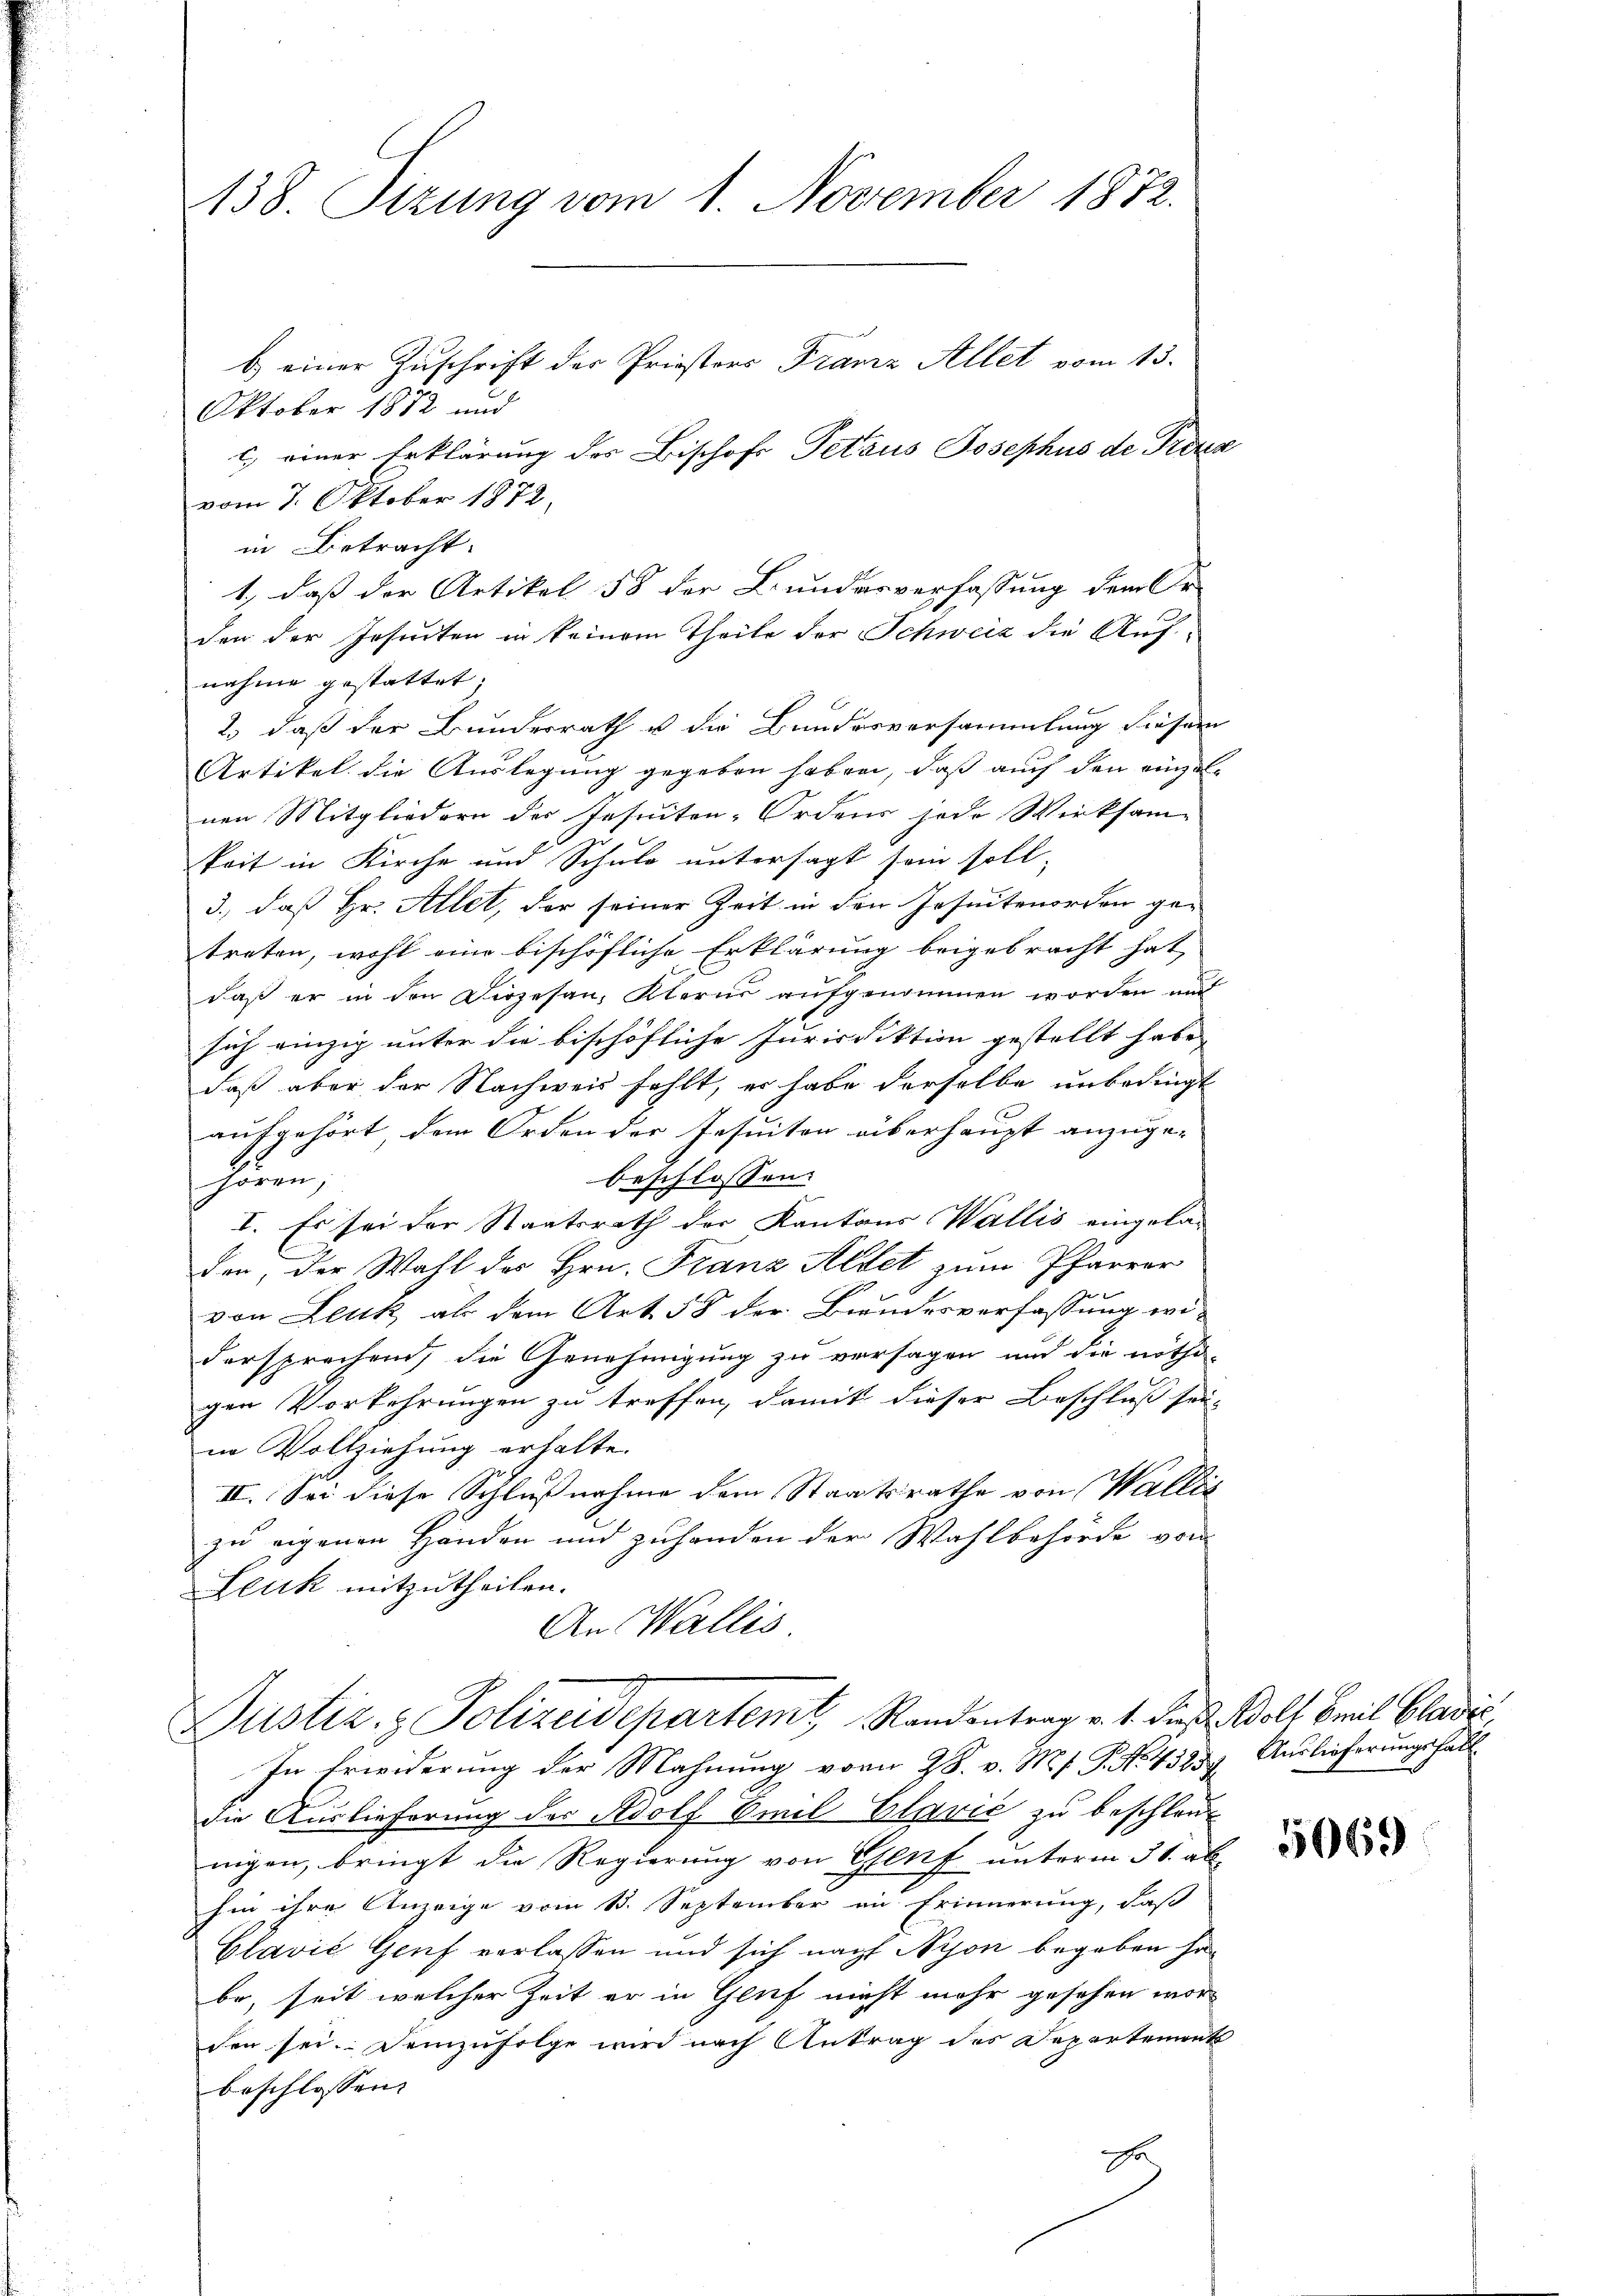
138. Sizung vom 1. November 1872.
b.) einer Zuschrift der Priestors Franz Allet vom 13.
Oktober 1872 und

c.) einer Erklärung der Bischofs Petaus Josephus de Proze
vom 7. Oktober 1872.
in Betracht.
den der Jesuiten in keinem Theile der Schweiz die Aufnahme gestattet;
2.) daß der Bundesrath u. die Bundesversammlung diesem
Artikel die Auslegung gegeben haben, daß auch den eingenen Mitgliedern des Jesuiten-Ordens jede Wirksam-
keit in Kirche und Schuld untersagt sein soll,
3., daß Hr. Allet, der seiner Zeit in den Jesuitenorden ge-
treten, wohl eine bischöfliche Erklärung beigebracht hat,
daß er in den Dirzesau, Kterer aufgenommen worden und
sich einzig unter die bischöfliche Jurisdiktion gestellt habe,
daß aber der Nachweis fehlt, er habe derselbe unbedingt
aufgehört, dem Orden der Jesuiten überhaupt anzuge-
beschlossen:
hören,
I. Es sei der Staatsrath der Kantons Wallis eingela-
den, der Wahl des Hrn. Franz Aldet zum Pfarrer
von Leuk als dem Art. 58 der Bundesverfassung widersprechen, die Genehmigung zu versagen und die nöthi-
gen Vorkehrungen zu treffen, damit dieser Beschluß sei-
in Vollziehung erhalte.
II. Sei diese Schlußnahme dem Staatsrathe von Wallis
zu eigenen Handen und zuhanden der Wahlbehörde von
Leuk mitzutheilen.
An Wallis
Justiz- & Polizeidepartemt, Randentrag v. 1. dieß. Wolf Emil Bladić,
In Erwiderung der Mahnung vom 28. v. Ms. P. No. 43257. Auslieferungsfall
die Auslieferung der Adolf Emil Glavić zu beschleu
nigen, bringt die Regierung von Genf unterm 31. ab
hin ihre Anzeige vom 13. September in Erinnerung, daß
Clavić Genf verlassen und sich nach Nyon begeben habe, seit welcher Zeit er in Genf nicht mehr gesehen wor
den sei. Demzufolge wird nach Antrag des Departements
beschlossen:
Fa

1., daß der Artikel 58 der Bundesverfassung dem Or

5069